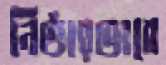
নির্ভারভাবে